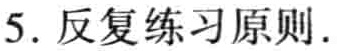
5. 反复练习原则.